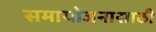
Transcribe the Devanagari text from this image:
समायोजनासाठी